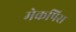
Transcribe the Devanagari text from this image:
मेकपिस